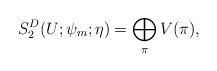
LaTeX: \begin{align*}S_2^D(U; \psi_m; \eta) = \bigoplus_\pi V(\pi),\end{align*}